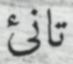
تانئ